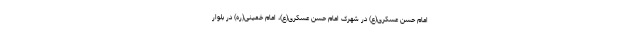
امام حسن عسکری(ع) در شهرک امام حسن عسکری(ع)، امام خمینی(ره) در بلوار